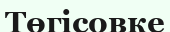
Төгісовке